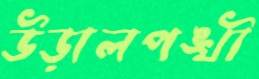
উড়ালপঙ্খী